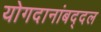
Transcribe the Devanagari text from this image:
योगदानांबद्दल